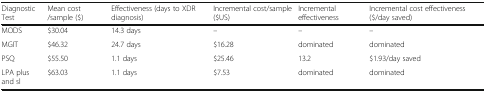
<table><thead><tr><td><b>Diagnostic Test</b></td><td><b>Mean cost /sample ($)</b></td><td><b>Effectiveness (days to XDR diagnosis)</b></td><td><b>Incremental cost/sample ($US)</b></td><td><b>Incremental effectiveness</b></td><td><b>Incremental cost effectiveness ($/day saved)</b></td></tr></thead><tbody><tr><td>MODS</td><td>$30.04</td><td>14.3 days</td><td>–</td><td>–</td><td>–</td></tr><tr><td>MGIT</td><td>$46.32</td><td>24.7 days</td><td>$16.28</td><td>dominated</td><td>dominated</td></tr><tr><td>PSQ</td><td>$55.50</td><td>1.1 days</td><td>$25.46</td><td>13.2</td><td>$1.93/day saved</td></tr><tr><td>LPA plus and sl</td><td>$63.03</td><td>1.1 days</td><td>$7.53</td><td>dominated</td><td>dominated</td></tr></tbody></table>